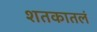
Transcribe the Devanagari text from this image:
शतकातलं